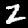
Label: 2